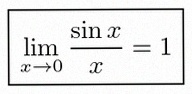
\lim_{x\to0}\frac{\sin x}{x}=1